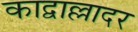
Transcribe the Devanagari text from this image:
काद्वाल्लादर